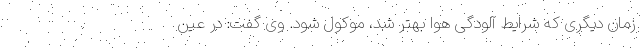
زمان دیگری که شرایط آلودگی هوا بهتر شد، موکول شود. وی گفت: در عین